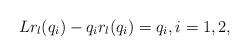
LaTeX: \begin{align*}L r_l(q_i) -q_i r_l(q_i) = q_i, i = 1,2,\end{align*}